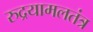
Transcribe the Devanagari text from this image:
रुद्रयामलतंत्र